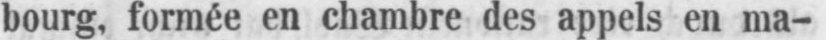
bourg, formée en chambre des appels en ma-